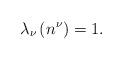
LaTeX: \begin{align*}\lambda_{\nu}\left(n^{\nu}\right)=1.\end{align*}